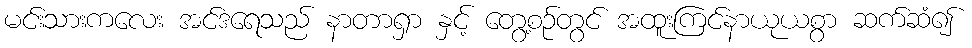
မင်းသားကလေး အင်ဒရေသည် နာတာရှာ နှင့် တွေ့စဉ်တွင် အထူးကြင်နာယုယစွာ ဆက်ဆံ၍